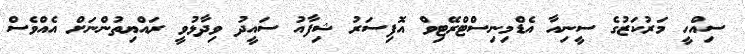
ސިއްހީ މަރުކަޒުގެ ސީނިއާ އެޑްމިނިސްޓްރޭޓިވް އޮފިސަރު ޝިފާއު ސައީދު ވިދާޅުވީ ރައްޔިތުންނަށް އެއްވެސް